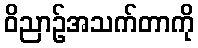
ဝိညာဉ်အသက်တာကို